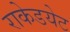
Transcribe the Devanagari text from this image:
राकेडयेट